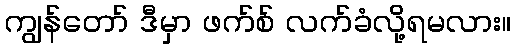
ကျွန်တော် ဒီမှာ ဖက်စ် လက်ခံလို့ရမလား။